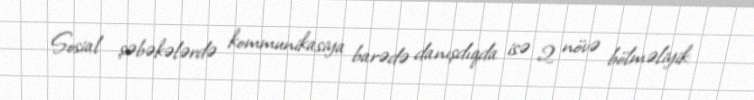
Sosial şəbəkələrdə kommunikasiya barədə danışdıqda isə 2 növə bölməliyik: